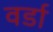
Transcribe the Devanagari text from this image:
वर्डा